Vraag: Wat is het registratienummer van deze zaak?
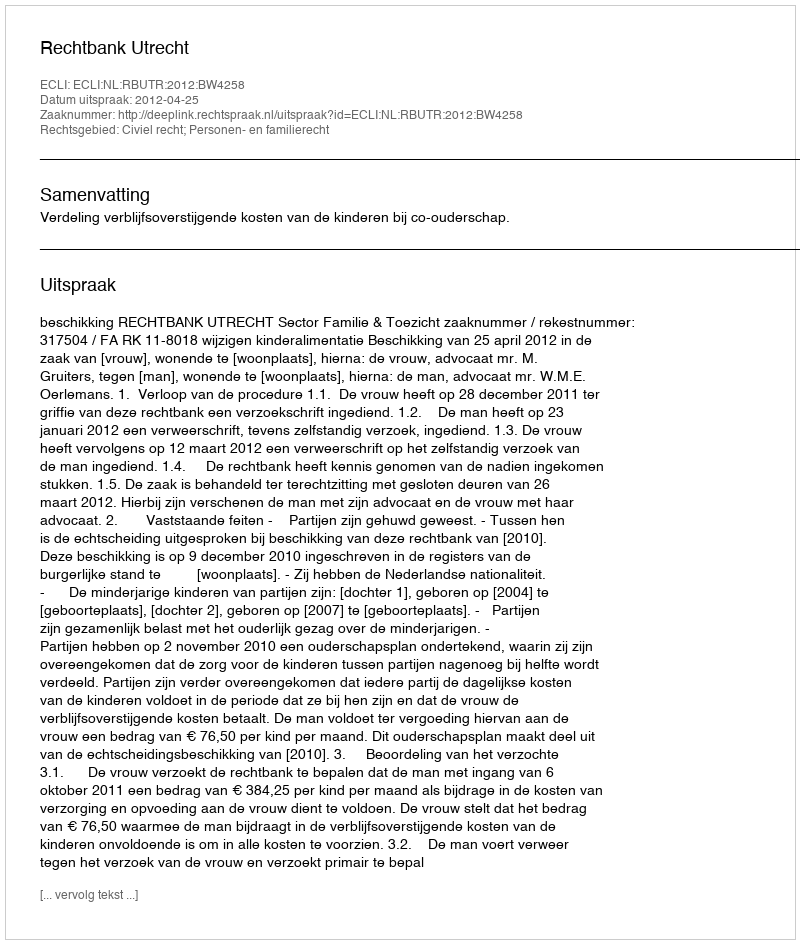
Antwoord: http://deeplink.rechtspraak.nl/uitspraak?id=ECLI:NL:RBUTR:2012:BW4258